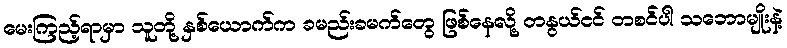
မေးကြည့်ရာမှာ သူတို့ နှစ်ယောက်က ခမည်းခမက်တွေ ဖြစ်နေလို့ တနွယ်ငင် တစင်ပါ သဘောမျိုးနဲ့